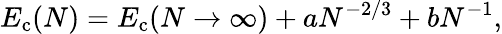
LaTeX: E_{\mathrm{c}}(N)=E_{\mathrm{c}}(N\rightarrow\infty)+aN^{-2/3}+bN^{-1},